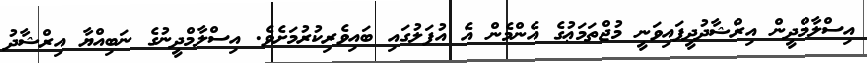
އިސްލާމްދީން އިރްޝާދުދީފައިވަނީ މުޖްތަމަޢުގެ އެންމެން އެ އުފަލުގައި ބައިވެރިކުރުމަށެވެ. އިސްލާމްދީނުގެ ނަބިއްޔާ އިރްޝާދު